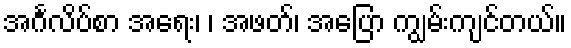
အင်္ဂလိပ်စာ အရေး၊ ၊ အဖတ်၊ အပြော ကျွမ်းကျင်တယ်။